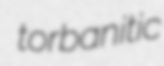
torbanitic